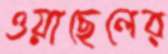
ওয়াছেলের